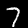
Label: 7